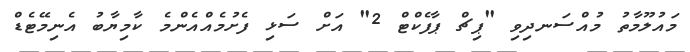
މައުލޫމާތު މުއްސަނދިވި "ޕިޗް ޕާފެކްޓް 2" އަށް ސަޅި ފެށުމެއްއެންމެ ކާމިޔާބު އެނިމޭޓެޑް